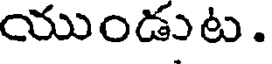
యుండుట.